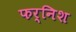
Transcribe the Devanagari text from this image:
फर्निश